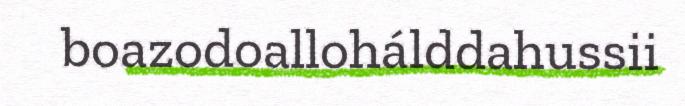
boazodoallohálddahussii